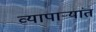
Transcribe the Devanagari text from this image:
व्यापाऱ्यांत